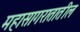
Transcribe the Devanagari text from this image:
महासागरातातील